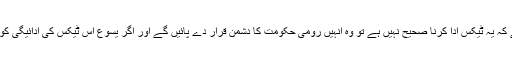
‏ ”‏ہیرودیس کے حامیوں“‏ کا خیال تھا کہ اگر یسوع یہ کہیں گے کہ یہ ٹیکس ادا کرنا صحیح نہیں ہے تو وہ اُنہیں رومی حکومت کا دُشمن قرار دے پائیں گے اور اگر یسوع اِس ٹیکس کی ادائیگی کو جائز قرار دیں گے تو لوگ اُن کی پیروی کرنا چھوڑ دیں گے۔